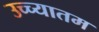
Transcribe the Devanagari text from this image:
उच्च्यातम